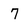
Character: 7